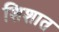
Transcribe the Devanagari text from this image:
शिशात